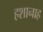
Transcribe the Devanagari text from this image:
हशानाह